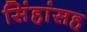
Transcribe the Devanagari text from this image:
सिंहांसह